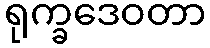
ရုက္ခဒေဝတာ